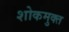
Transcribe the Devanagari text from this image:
शोकमुक्त